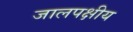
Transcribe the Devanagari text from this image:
जालपक्षीय